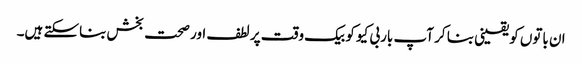
ان باتوں کو یقینی بنا کر آپ باربی کیو کو بیک وقت پر لطف اور صحت بخش بناسکتے ہیں۔